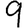
Digit: 9